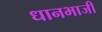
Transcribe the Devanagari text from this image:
धानभाजी